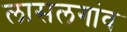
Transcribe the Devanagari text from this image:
लासलगांव